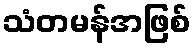
သံတမန်အဖြစ်